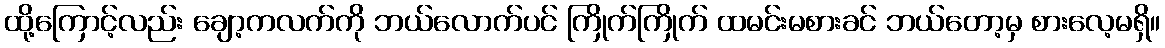
ထို့ကြောင့်လည်း ချော့ကလက်ကို ဘယ်လောက်ပင် ကြိုက်ကြိုက် ထမင်းမစားခင် ဘယ်တော့မှ စားလေ့မရှိ။